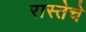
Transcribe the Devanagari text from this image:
रास्तेचे